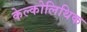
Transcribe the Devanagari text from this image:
केल्कोलिथिक